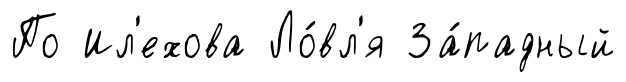
По Ил'ехова Ло́вл'я За́падный